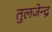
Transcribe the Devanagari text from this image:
तुलजेन्द्र